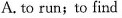
A. to run;to find